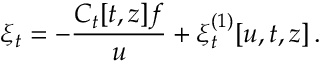
\xi _ { t } = - { \frac { C _ { t } [ t , z ] f } { u } } + \xi _ { t } ^ { ( 1 ) } [ u , t , z ] \, .